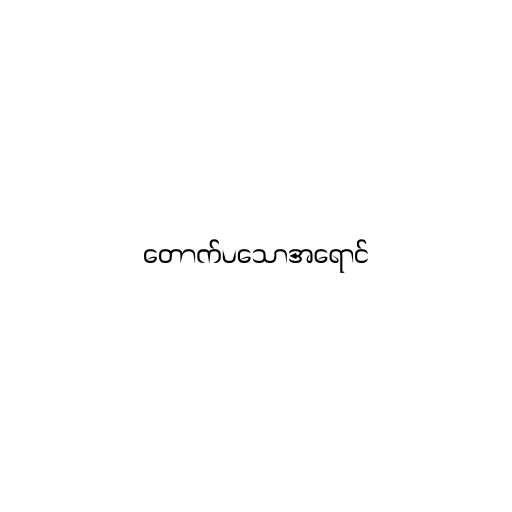
တောက်ပသောအရောင်